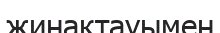
жинақтауымен